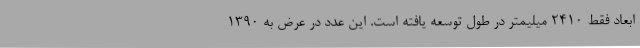
ابعاد فقط 2410 میلیمتر در طول توسعه یافته است. این عدد در عرض به 1390